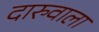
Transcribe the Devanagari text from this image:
दारुवाला